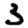
Digit: 3